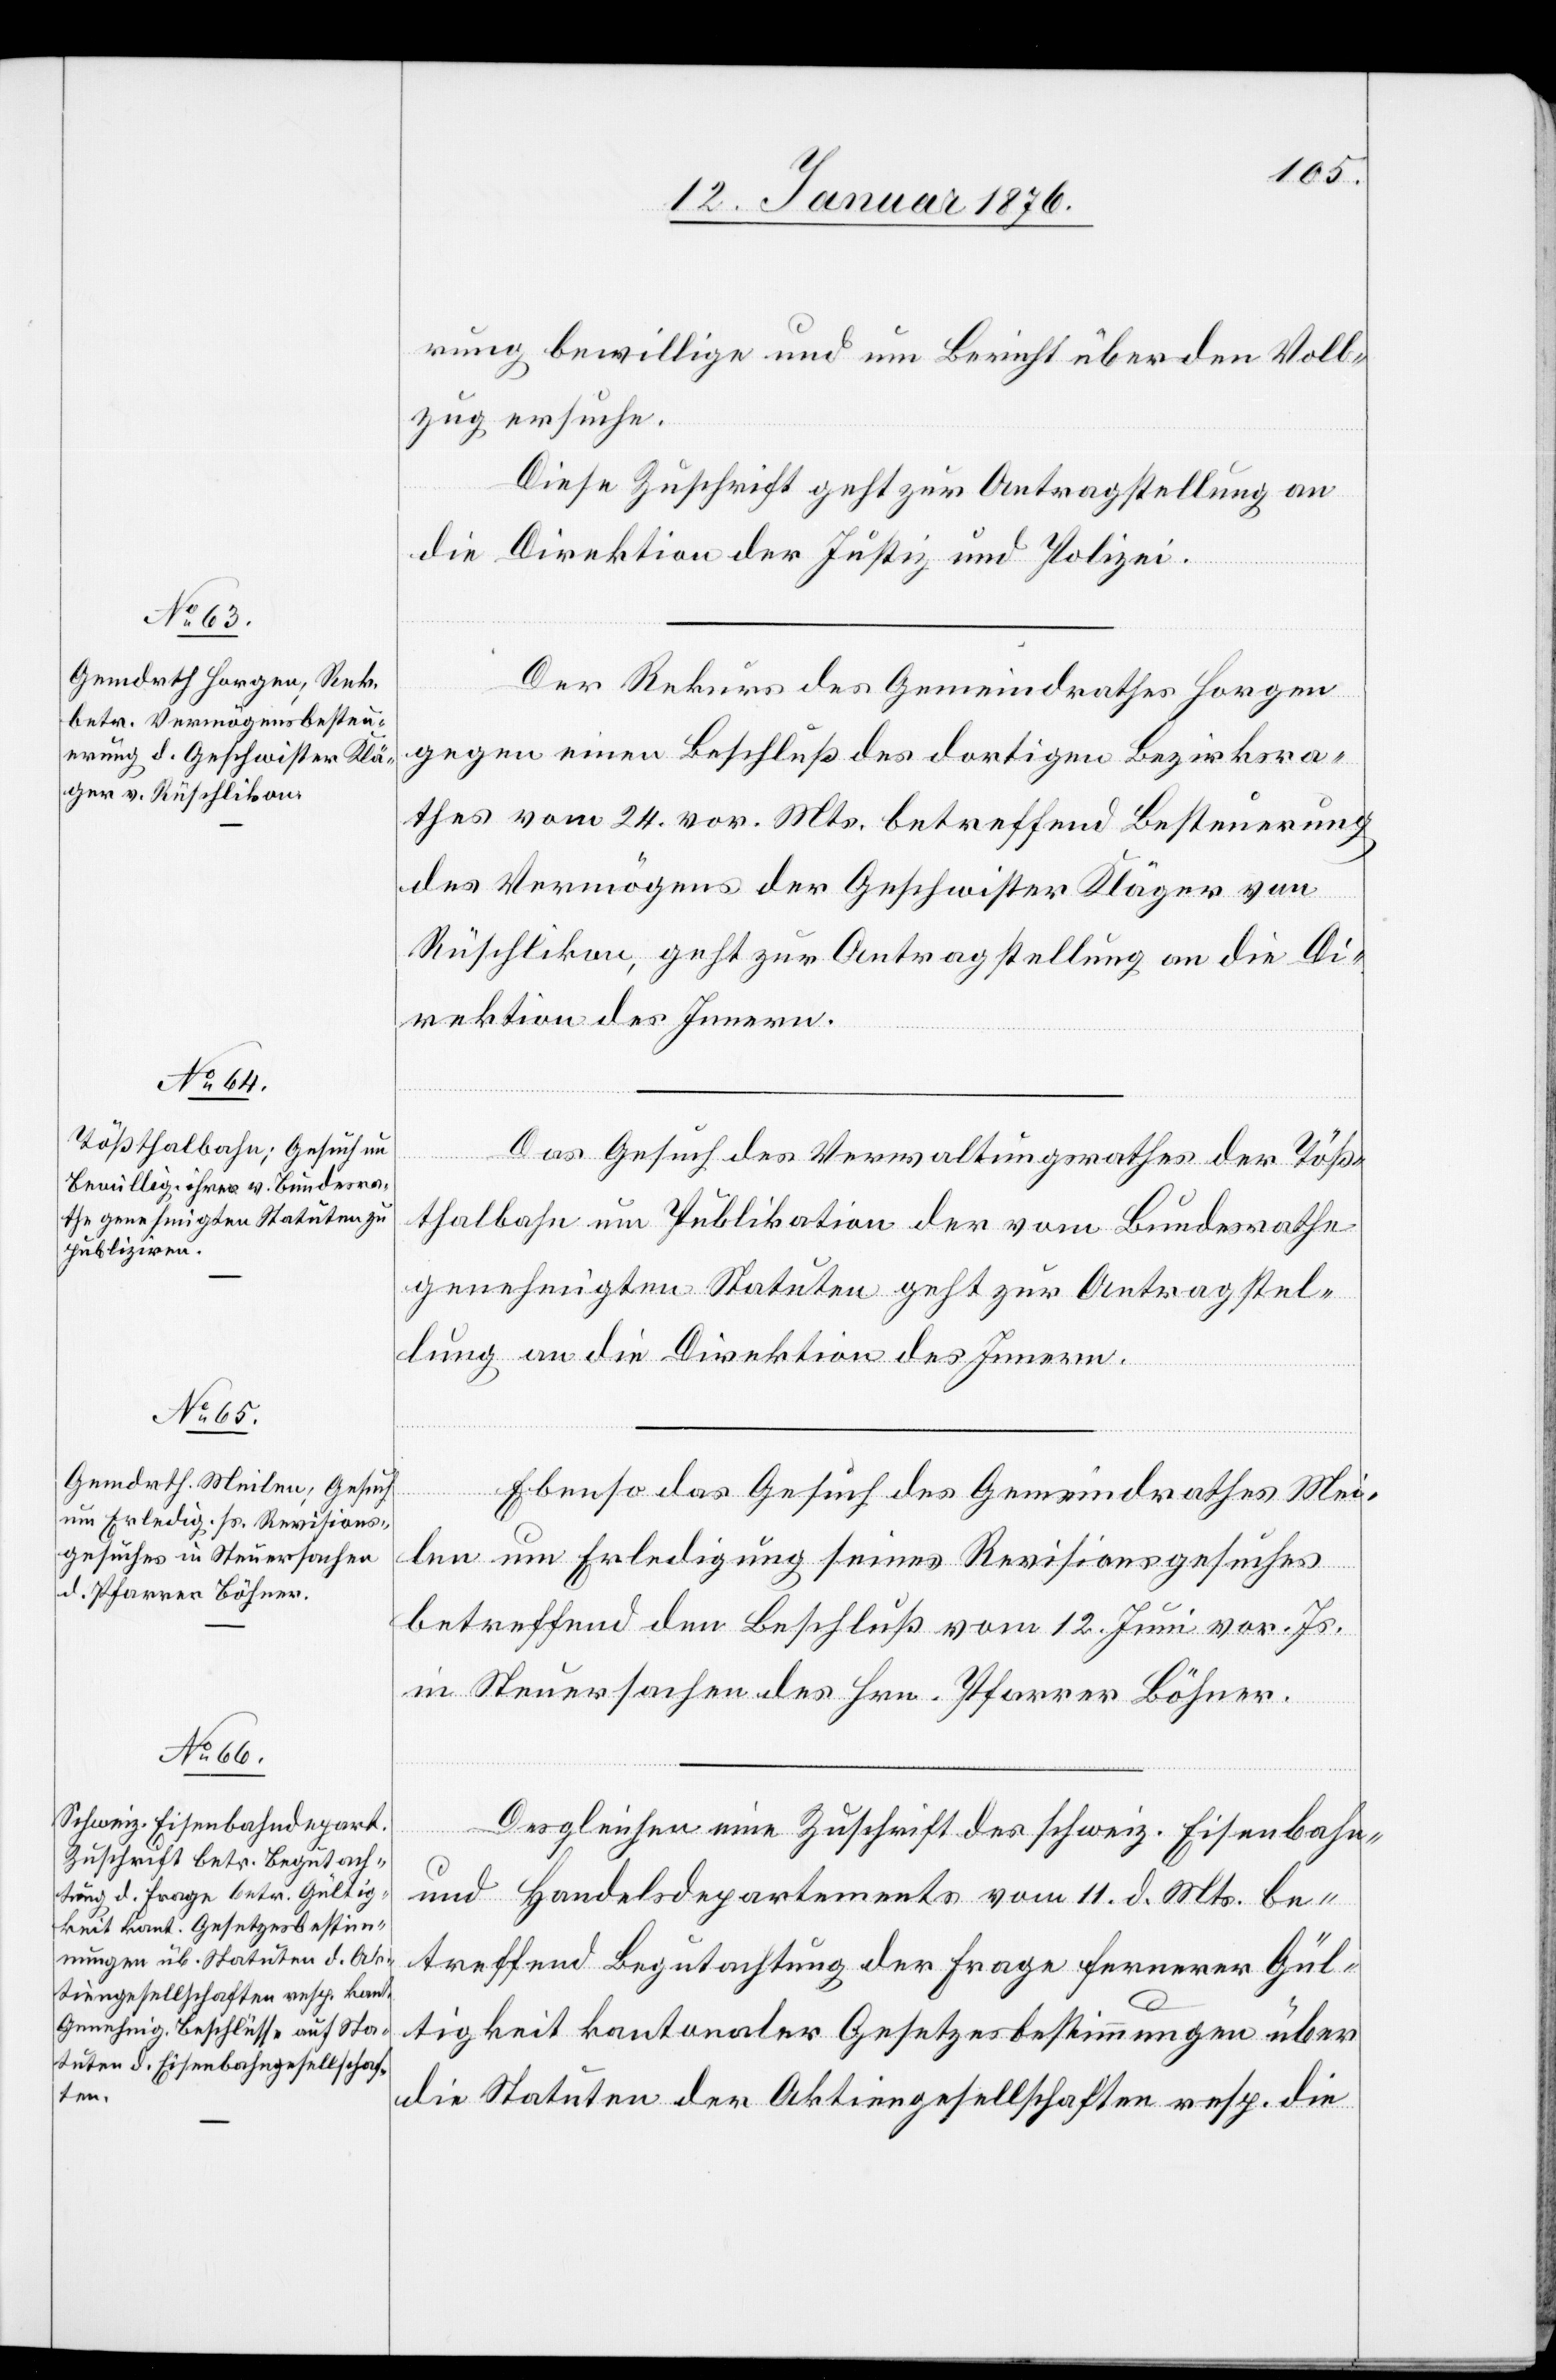
13. Januar 1876.]
rung bewillige und um Bericht über den Voll¬
zug ersuche.
Diese Zuschrift geht zur Antragstellung an
die Direktion der Justiz und Polizei.
Der Rekurs des Gemeindrathes Horgen
gegen einen Beschluß des dortigen Bezirksra¬
thes vom 24. vor. Mts. betreffend Besteuerung
des Vermögens der Geschwister Kläger von
Rüschlikon, geht zur Antragstellung an die Di¬
rektion des Innern.
Das Gesuch des Verwaltungsrathes der Töß¬
thalbahn um Publikation der vom Bundesrathe
genehmigten Statuten geht zur Antragstel¬
lung an die Direktion des Innern.
Ebenso das Gesuch des Gemeindrathes Mei¬
len um Erledigung seines Revisionsgesuches
betreffend den Beschluß vom 12. Juni vor. Js.
in Steuersachen des Hrn. Pfarrer Böhner.
Desgleichen eine Zuschrift des schweiz. Eisenbahn-
und Handelsdepartementes vom 11. d. Mts. be¬
treffend Begutachtung der Frage fernerer Gül¬
tigkeit kantonaler Gesetzesbestimmungen über
die Statuten der Aktiengesellschaften resp. die